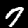
Digit: 7